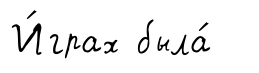
И́грах была́